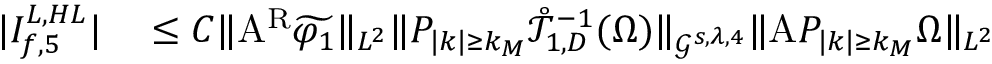
\begin{array} { r l } { | I _ { f , 5 } ^ { L , H L } | } & { { } \leq C \| \mathrm { A } ^ { \mathrm { R } } \widetilde { \varphi _ { 1 } } \| _ { L ^ { 2 } } \| P _ { | k | \geq k _ { M } } \mathring { \mathcal { T } } _ { 1 , D } ^ { - 1 } ( \Omega ) \| _ { \mathcal { G } ^ { s , \lambda , 4 } } \| \mathrm { A } P _ { | k | \geq k _ { M } } \Omega \| _ { L ^ { 2 } } } \end{array}